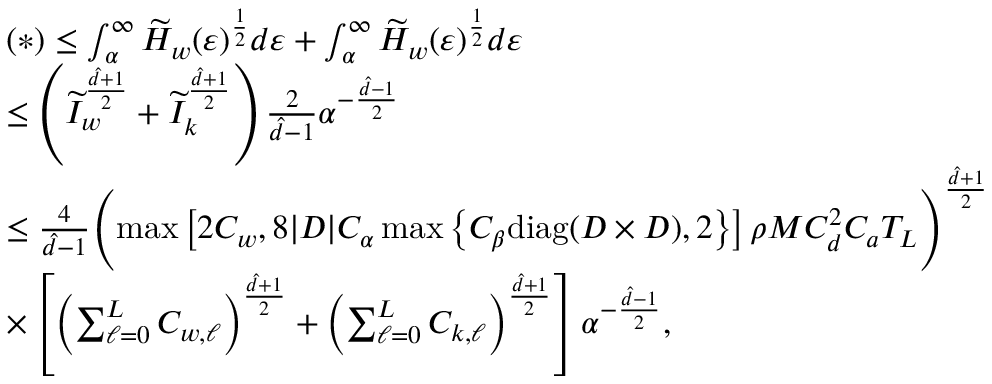
\begin{array} { r l } & { ( \ast ) \leq \int _ { \alpha } ^ { \infty } \widetilde { H } _ { w } ( \varepsilon ) ^ { \frac { 1 } { 2 } } d \varepsilon + \int _ { \alpha } ^ { \infty } \widetilde { H } _ { w } ( \varepsilon ) ^ { \frac { 1 } { 2 } } d \varepsilon } \\ & { \leq \left( \widetilde { I } _ { w } ^ { \frac { \hat { d } + 1 } { 2 } } + \widetilde { I } _ { k } ^ { \frac { \hat { d } + 1 } { 2 } } \right) \frac { 2 } { \hat { d } - 1 } \alpha ^ { - \frac { \hat { d } - 1 } { 2 } } } \\ & { \leq \frac { 4 } { \hat { d } - 1 } \Biggl ( \operatorname* { m a x } \left[ 2 C _ { w } , 8 | D | C _ { \alpha } \operatorname* { m a x } \left\{ C _ { \beta } \mathrm { d i a g } ( D \times D ) , 2 \right\} \right] \rho M C _ { d } ^ { 2 } C _ { a } T _ { L } \Biggr ) ^ { \frac { \hat { d } + 1 } { 2 } } } \\ & { \times \left[ \left( \sum _ { \ell = 0 } ^ { L } C _ { w , \ell } \right) ^ { \frac { \hat { d } + 1 } { 2 } } + \left( \sum _ { \ell = 0 } ^ { L } C _ { k , \ell } \right) ^ { \frac { \hat { d } + 1 } { 2 } } \right] \alpha ^ { - \frac { \hat { d } - 1 } { 2 } } , } \end{array}